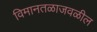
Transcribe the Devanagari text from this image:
विमानतळाजवळील